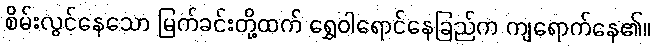
စိမ်းလွင်နေသော မြက်ခင်းတို့ထက် ရွှေဝါရောင်နေခြည်က ကျရောက်နေ၏။